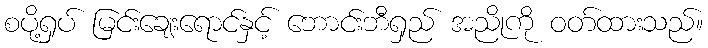
စပို့ရှပ် မြင်းချေးရောင်နှင့် ဘောင်းဘီရှည် အညိုကို ဝတ်ထားသည်။